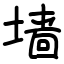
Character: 墙